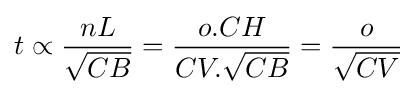
t\propto {\frac {nL}{\sqrt {CB}}}={\frac {o.CH}{CV.{\sqrt {CB}}}}={\frac {o}{\sqrt {CV}}}